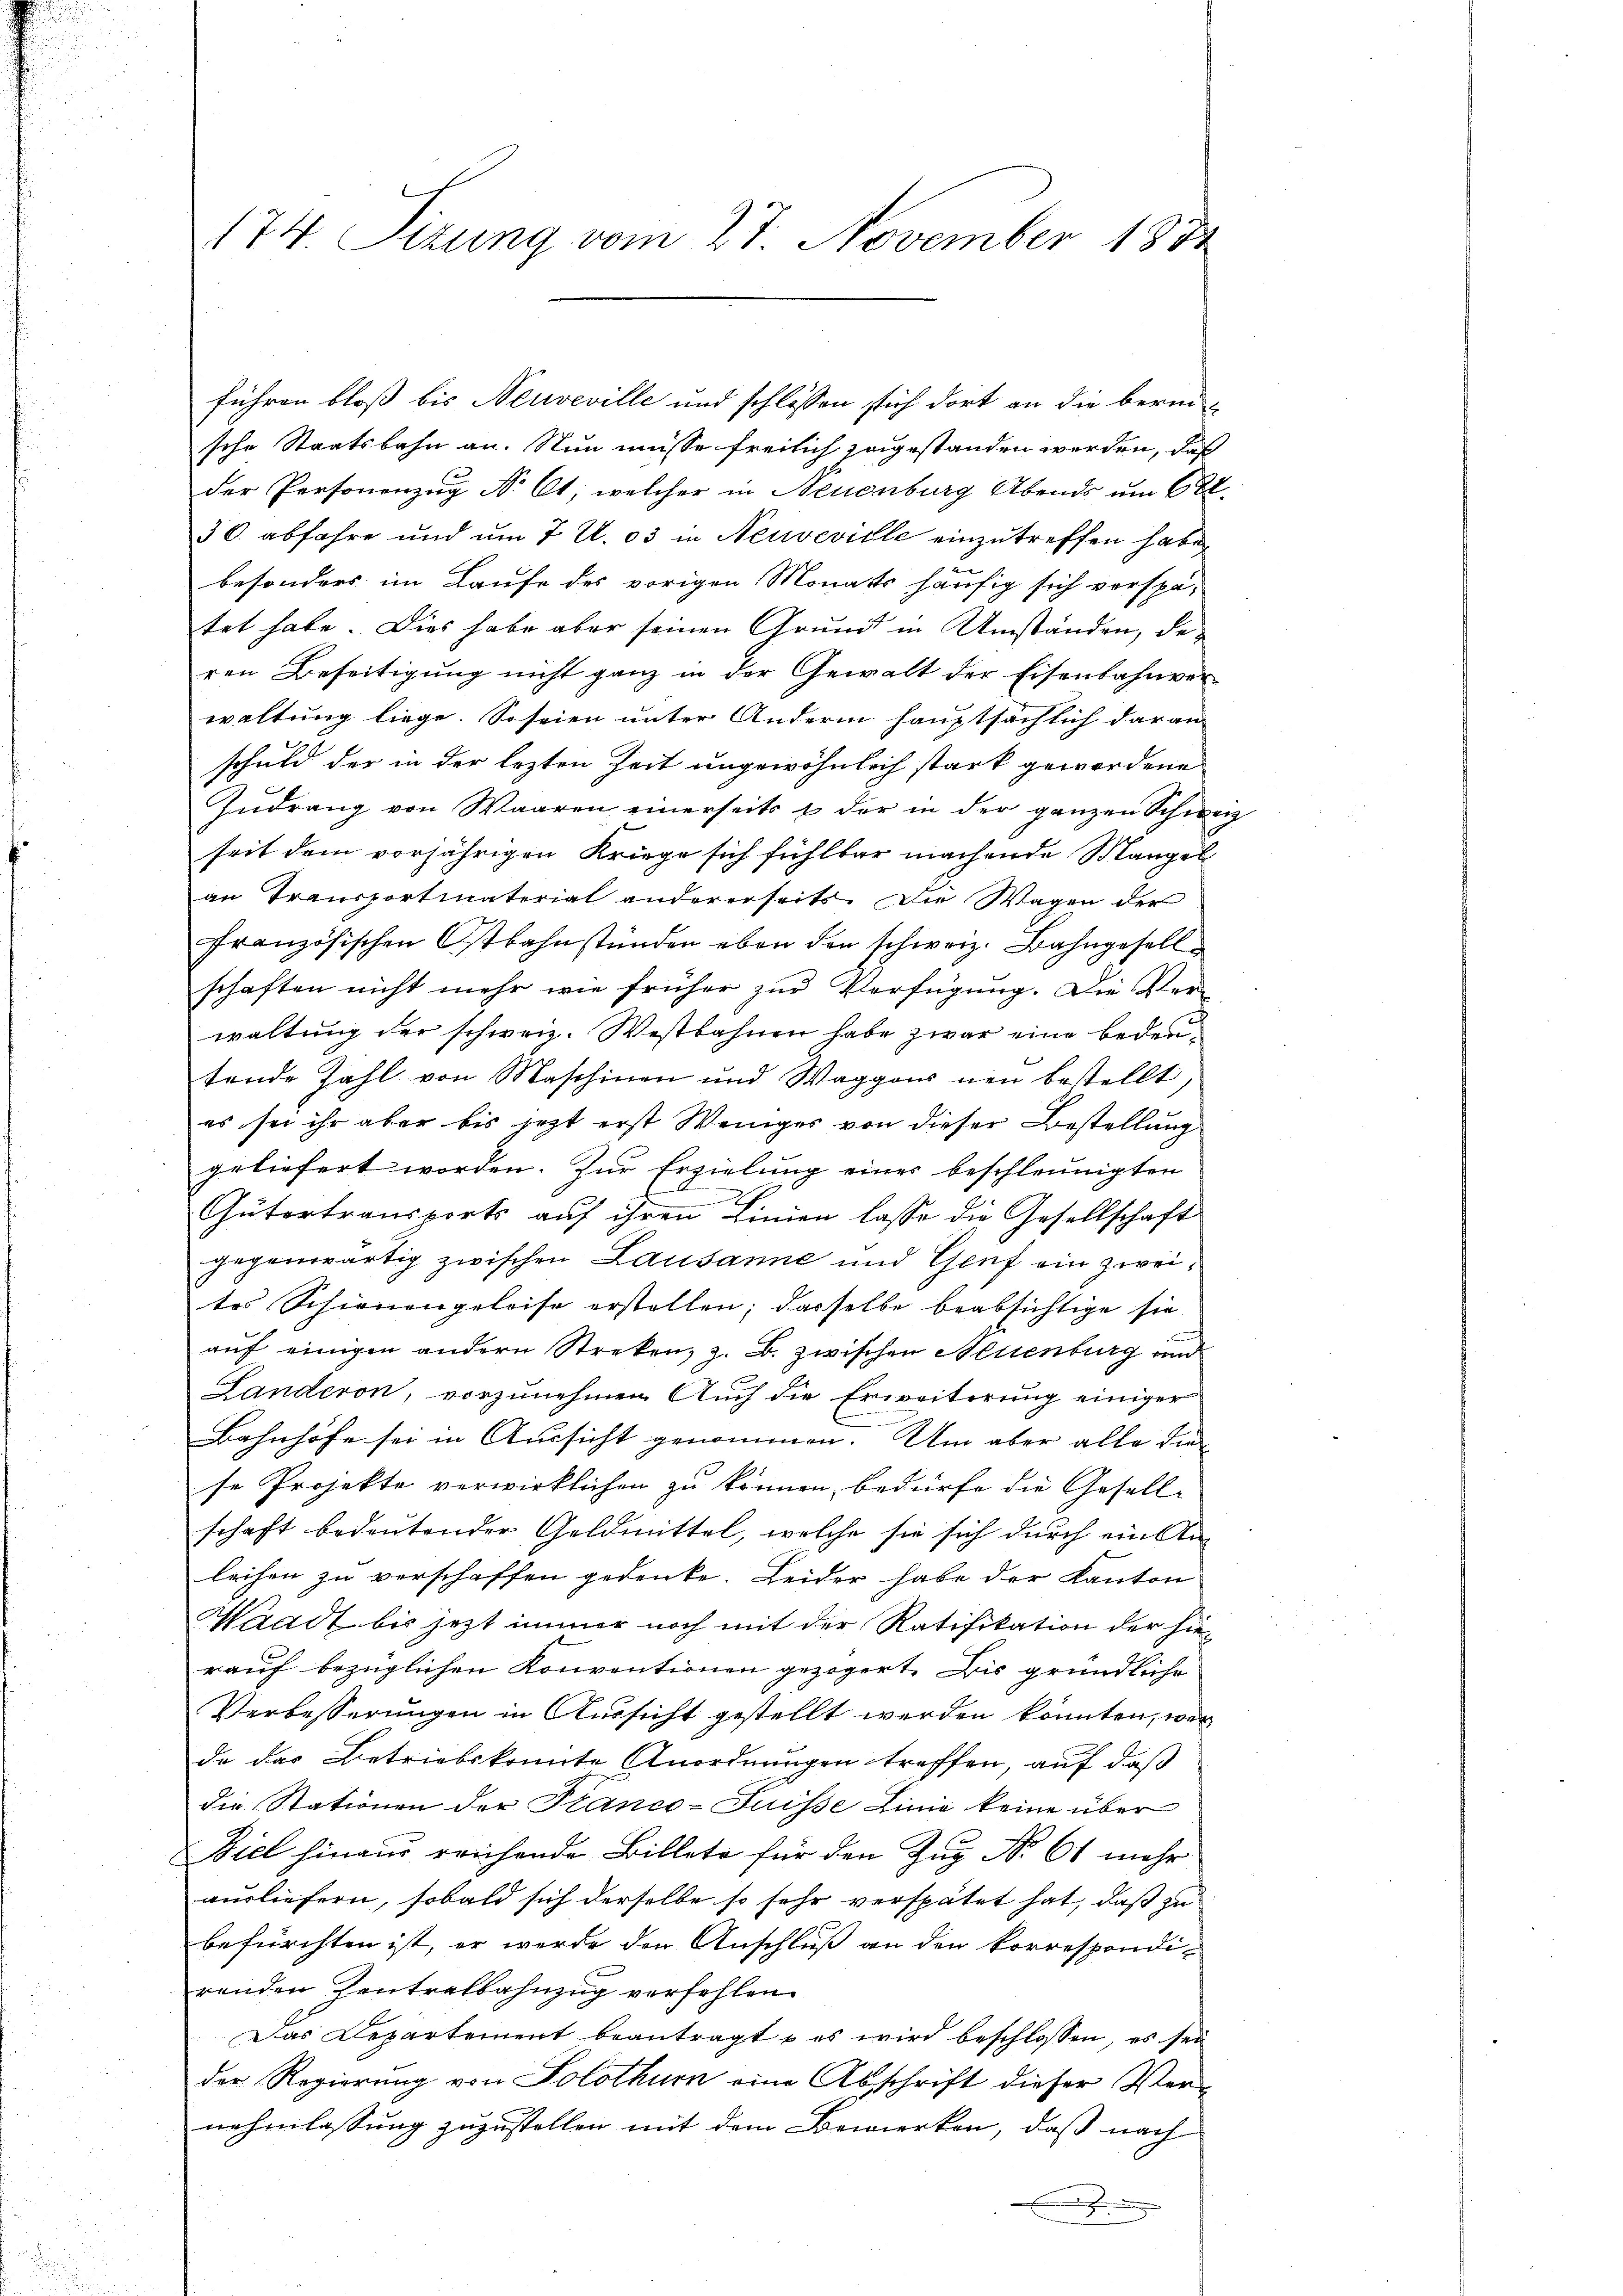
174 Sizung vom 27. November 1881

führen bloß bis Neuveville und schlossen sich dort an die berei-
sche Staatsbahn an. Nun müsse freilich zugestanden werden, daß
der Personenzug No. 61, welcher in Neuenburg Abends um 6 R.
36. abfahre und um 7 U. 03 in Neuveville einzutreffen haben
besonders im Laufe des vorigen Monats häufig sich verspa-
tet habe. Dies habe aber seinen Grund in Umständen, deren Beseitigŭng nicht ganz in der Gewalt der Eisenbahnver-
waltung liege. So seien unter Anderm hauptsächlich daran
schuld der in der lezten Zeit ungewöhnlich stark gewordene
Zudrang von Waaren einerseits & der in der ganzen Schweiz
seit dem vorjährigen Kriege sich fühlbar machende Mangel
an Transportmaterial andererseits. Die Wagen der
französischen Ostbahnstunden eben den schweiz. Bahngesellschaften nicht mehr wie früher zur Verfügung. Die Ver-
waltung der schweiz. Westbahnen habe zwar eine bedeutende Zahl von Maschinen und Waggons neu bestellt,
es sei ihr aber bis jezt erst Weniges von dieser Bestellung
geliefert worden. Zur Erzielung einer beschleunigten
E
Gütertransports auf ihren Linien lasse die Gesellschaft
gegenwärtig zwischen Lausanne und Genf ein zweites Schienengeleise erstellen; dasselbe beabsichtige sie
auf einigen andern Streken, z. B. zwischen Aeuenburg und
Landeron, vorzunehmen. Auch die Erweiterung einiger
Bahnhöfe sei in Aussicht genommen. Um aber alle diese Projekte verwirklichen zu können, bedürfe die Gesellschaft bedeutender Geldmittel, welche sie sich durch ein An-
leihen zu verschaffen gedenke. Leider habe der Kanton
Waadt bis jezt immer noch mit der Ratifikation der hierauf bezüglichen Konventionen gezögert. Die gründliche
Verbesserungen in Aussicht gestellt werden könnten, wer
da das Betriebskonnte Anordnungen treffen, auf daß
die Stationen der Planco-Suisse Linie keine über
Ziel hinaus reichende Billete für den Zug No 61 mehr
vusliefern, sobald sich derselbe so sehr verspätet hat, daß zu
befürchten ist, er werde den Anschluß an den korrespondi-
renden Zentralbahnzug verfehlen.
Das Departement beantragt u es wird beschlossen, es sei
der Regierung von Solothurn eine Abschrift dieser Vernehmlassung zuzustellen mit dem Bemerken, daß nach
x